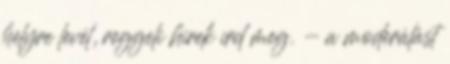
helyre levél, reggeli hírek írd meg. - a moderálást